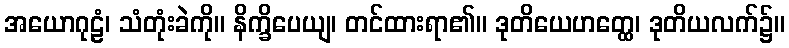
အယောဂုဠံ၊ သံတုံးခဲကို။ နိက္ခိပေယျ၊ တင်ထားရာ၏။ ဒုတိယေဟတ္ထေ၊ ဒုတိယလက်၌။